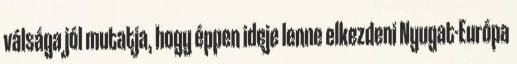
válsága jól mutatja, hogy éppen ideje lenne elkezdeni Nyugat-Európa